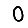
Digit: 0